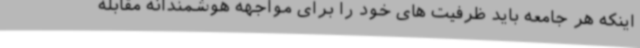
اینکه هر جامعه باید ظرفیت های خود را برای مواجهه هوشمندانه مقابله